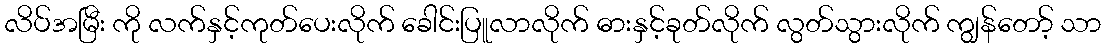
လိပ်အမြီး ကို လက်နှင့်ကုတ်ပေးလိုက် ခေါင်းပြူလာလိုက် ဓားနှင့်ခုတ်လိုက် လွတ်သွားလိုက် ကျွန်တော့် သာ